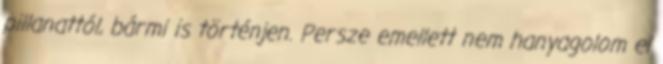
pillanattól, bármi is történjen. Persze emellett nem hanyagolom el